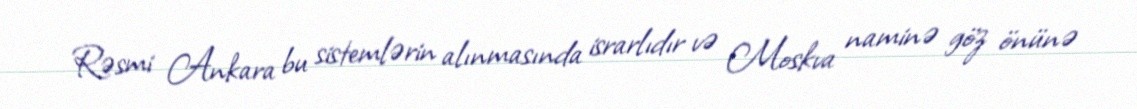
Rəsmi Ankara bu sistemlərin alınmasında israrlıdır və Moskva naminə göz önünə